Vaccine operations Central Provinces 1868-1885 - 1868-1885
Year: 1868
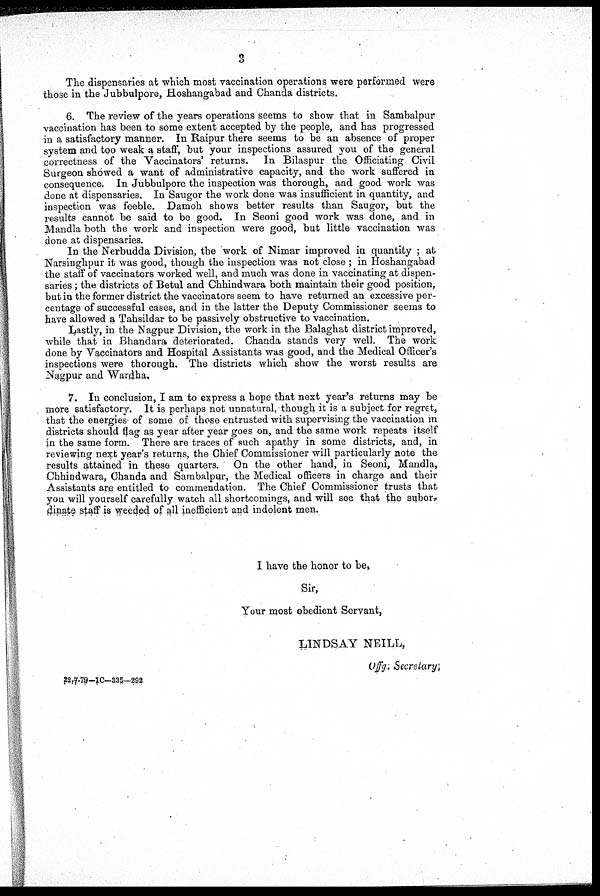
3
The dispensaries at which most vaccination operations were performed were
those in the Jubbulpore, Hoshangabad and Chanda districts.
6. The review of the years operations seems to show that in Sambalpur
vaccination has been to some extent accepted by the people, and has progressed
in a satisfactory manner. In Raipur there seems to be an absence of proper
system and too weak a staff, but your inspections assured you of the general
correctness of the Vaccinators' returns. In Bilaspur the Officiating Civil
Surgeon showed a want of administrative capacity, and the work suffered in
consequence. In Jubbulpore the inspection was thorough, and good work was
done at dispensaries. In Saugor the work done was insufficient in quantity, and
inspection was feeble. Damoh shows better results than Saugor, but the
results cannot be said to be good. In Seoni good work was done, and in
Mandla both the work and inspection were good, but little vaccination was
done at dispensaries.
In the Nerbudda Division, the work of Nimar improved in quantity ; at
Narsinghpur it was good, though the inspection was not close ; in Hoshangabad
the staff of vaccinators worked well, and much was done in vaccinating at dispen-
saries ; the districts of Betul and Chhindwara both maintain their good position,
but in the former district the vaccinators seem to have returned an excessive per-
centage of successful cases, and in the latter the Deputy Commissioner seems to
have allowed a Tahsildar to be passively obstructive to vaccination.
Lastly, in the Nagpur Division, the work in the Balaghat district improved,
while that in Bhandara deteriorated. Chanda stands very well. The work
done by Vaccinators and Hospital Assistants was good, and the Medical Officer's
inspections were thorough. The districts which show the worst results are
Nagpur and Wardha.
7. In conclusion, I am to express a hope that next year's returns may be
more satisfactory. It is perhaps not unnatural, though it is a subject for regret,
that the energies of some of those entrusted with supervising the vaccination in
districts should flag as year after year goes on, and the same work repeats itself
in the same form. There are traces of such apathy in some districts, and, in
reviewing next year's returns, the Chief Commissioner will particularly note the
results attained in these quarters. On the other hand, in Seoni, Mandla,
Chhindwara, Chanda and Sambalpur, the Medical officers in charge and their
Assistants are entitled to commendation. The Chief Commissioner trusts that
you will yourself carefully watch all shortcomings, and will see that the subor
dinate staff is weeded of all inefficient and indolent men.
I have the honor to be,
Sir,
Your most obedient Servant,
LINDSAY NEILL,
offg. Secretary.
22-7-79-1C-335-292